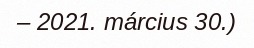
– 2021. március 30.)